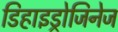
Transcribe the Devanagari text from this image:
डिहाइड्रोजिनेज